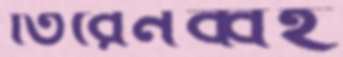
তিরেনব্বই